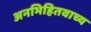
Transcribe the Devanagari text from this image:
अनभिहितवाच्य